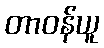
တာဝန်ယူ